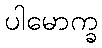
ပါမောက္ခ